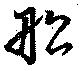
船